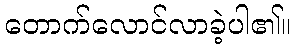
တောက်လောင်လာခဲ့ပါ၏။